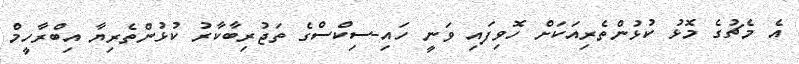
އެ މެޗުގެ މޮޅު ކުޅުންތެރިއަކަށް ހޮވިފައި ވަނީ ހައި-ސިކްސްގެ ތަޖުރިބާކާރު ކުޅުންތެރިޔާ އިބްރާހީމް